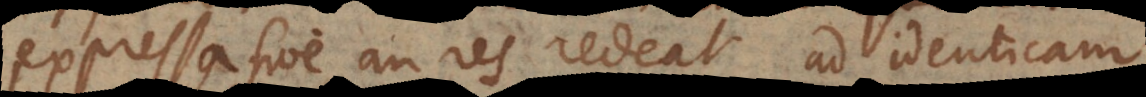
expressa sive an res redeat ad identicam